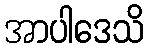
အာပါဒေသိ